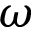
\omega